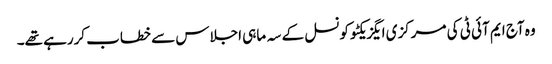
وہ آج ایم آئی ٹی کی مرکزی ایگزیکٹو کونسل کے سہ ماہی اجلاس سے خطاب کررہے تھے۔